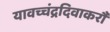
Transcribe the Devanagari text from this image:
यावच्चंद्रदिवाकरौ